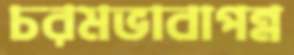
চরমভাবাপন্ন